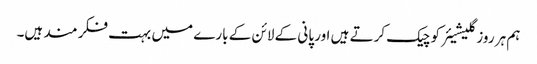
ہم ہر روز گلیشیئر کو چیک کرتے ہیں اور پانی کے لائن کے بارے میں بہت فکر مند ہیں۔